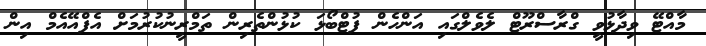
މާއްޓޭ ވިދާޅުވީ ގްރާސްރޫޓް ލެވެލްގައި އަންހެން ފުޓްބޯޅަ ކުޅުންތެރިން ތަމްރީނުކުރުމަށް އެފްއޭއެމް އިން